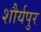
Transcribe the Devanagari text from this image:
शौर्यपुर